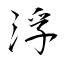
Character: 浮